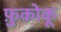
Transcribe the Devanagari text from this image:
फ़ुकोकू